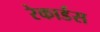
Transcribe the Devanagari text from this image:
रेकार्डस